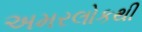
અમરલોકથી